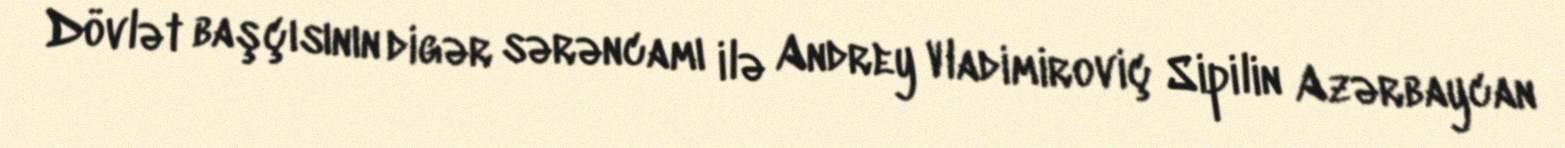
Dövlət başçısının digər sərəncamı ilə Andrey Vladimiroviç Sipilin Azərbaycan